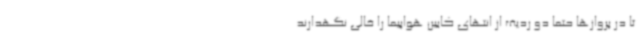
تا در پروازها حتما دو ردیف از انتهای کابین هواپیما را خالی نگهدارند